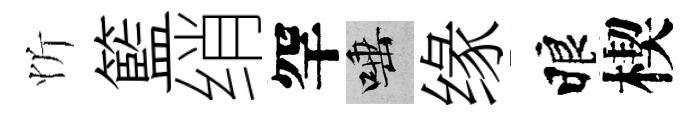
忻籃绡罕唾缘睱楔